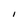
Character: l